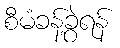
စီမံခန့်ခွဲရန်